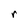
Character: r